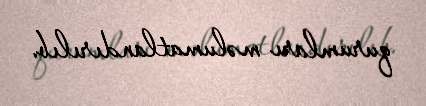
qurumları məlumatlandırılıb.